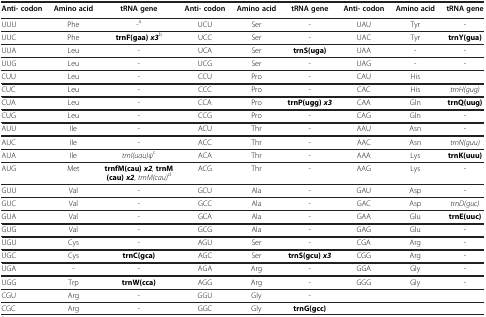
| Anti- codon | Amino acid | tRNA gene | Anti- codon | Amino acid | tRNA gene | Anti- codon | Amino acid | tRNA gene |
 | --- | --- | --- | --- | --- | --- | --- | --- | --- |
 | UUU | Phe | -a | UCU | Ser | - | UAU | Tyr | - |
 | UUC | Phe | trnF(gaa)x3b | UCC | Ser | - | UAC | Tyr | trnY(gua) |
 | UUA | Leu | - | UCA | Ser | trnS(uga) | UAA | - | - |
 | UUG | Leu | - | UCG | Ser | - | UAG | - | - |
 | CUU | Leu | - | CCU | Pro | - | CAU | His |  |
 | CUC | Leu | - | CCC | Pro | - | CAC | His | trnH(gug) |
 | CUA | Leu | - | CCA | Pro | trnP(ugg)x3 | CAA | Gln | trnQ(uug) |
 | CUG | Leu | - | CCG | Pro | - | CAG | Gln | - |
 | AUU | Ile | - | ACU | Thr | - | AAU | Asn | - |
 | AUC | Ile | - | ACC | Thr | - | AAC | Asn | trnN(guu) |
 | AUA | Ile | trnI(uau)ψc | ACA | Thr | - | AAA | Lys | trnK(uuu) |
 | AUG | Met | trnfM(cau)x2, trnM (cau)x2, trnM(cau)d | ACG | Thr | - | AAG | Lys | - |
 | GUU | Val | - | GCU | Ala | - | GAU | Asp | - |
 | GUC | Val | - | GCC | Ala | - | GAC | Asp | trnD(guc) |
 | GUA | Val | - | GCA | Ala | - | GAA | Glu | trnE(uuc) |
 | GUG | Val | - | GCG | Ala | - | GAG | Glu | - |
 | UGU | Cys | - | AGU | Ser | - | CGA | Arg | - |
 | UGC | Cys | trnC(gca) | AGC | Ser | trnS(gcu)x3 | CGG | Arg | - |
 | UGA | - | - | AGA | Arg | - | GGA | Gly | - |
 | UGG | Trp | trnW(cca) | AGG | Arg | - | GGG | Gly | - |
 | CGU | Arg | - | GGU | Gly | - |  |  |  |
 | CGC | Arg | - | GGC | Gly | trnG(gcc) |  |  |  |